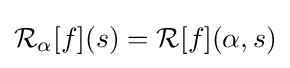
{\mathcal {R}}_{\alpha }[f](s)={\mathcal {R}}[f](\alpha ,s)